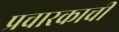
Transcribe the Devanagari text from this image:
प्रचारकाची